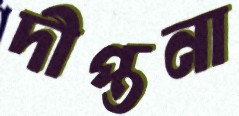
দীপ্তনা